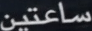
ساعتين